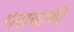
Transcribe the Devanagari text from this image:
परावाणी